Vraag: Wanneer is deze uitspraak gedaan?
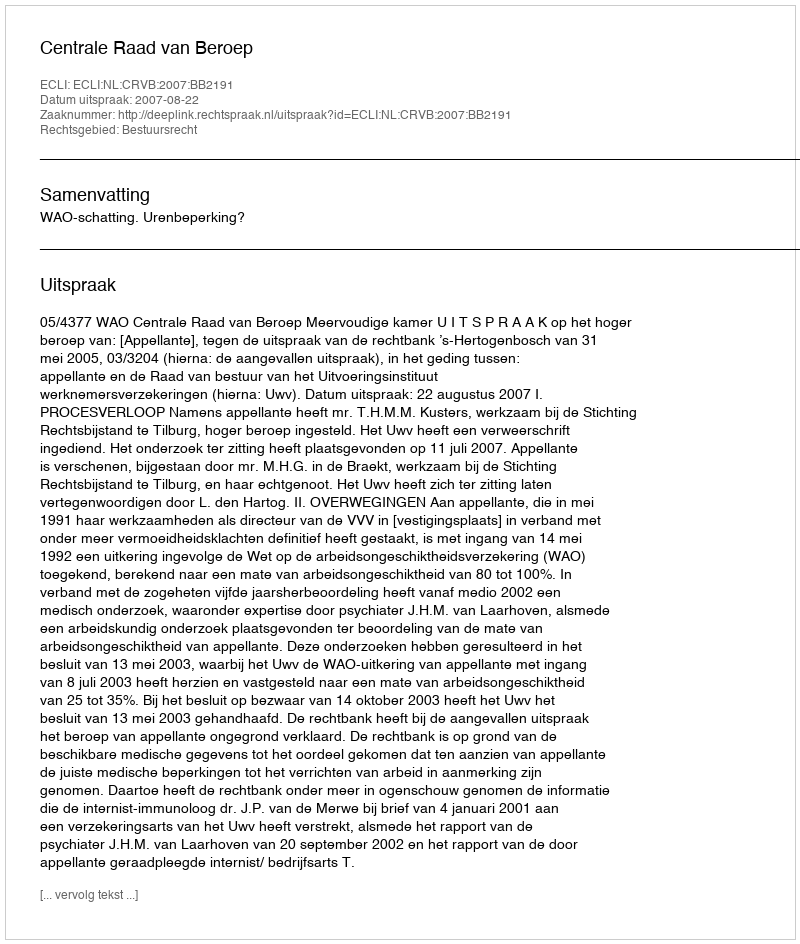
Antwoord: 2007-08-22